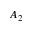
A _ { 2 }